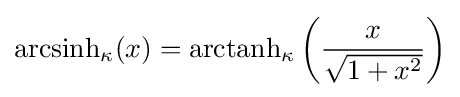
{\rm {arcsinh}}_{\kappa }(x)={\rm {arctanh}}_{\kappa }\left({\frac {x}{\sqrt {1+x^{2}}}}\right)